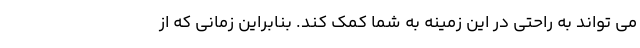
می تواند به راحتی در این زمینه به شما کمک کند. بنابراین زمانی که از